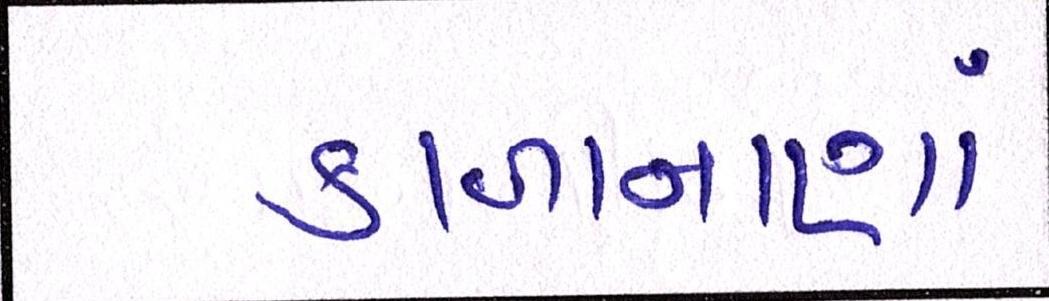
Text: કાળાનાણાં